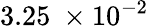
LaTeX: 3.25\ \times 10^{-2}